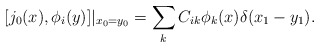
\begin{align*}[j_0(x), \phi_i(y)]|_{x_0=y_0} = \sum_k C_{ik}\phi_k(x) \delta(x_1-y_1).\end{align*}